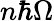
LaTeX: n\hbar\Omega